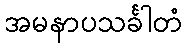
အမနာပသင်္ခါတံ